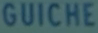
GUICHE